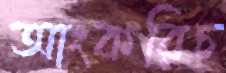
আংকরিচ